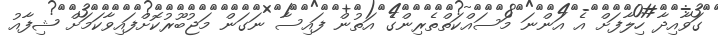
ގަވާއިދާ ހިލާފަށް އެ އަންނަ މަސައްކަތްތެރިންގެ އަތުން ފައިސާ ނަގަން މަޖުބޫރުކޮށްފައިވާކަމަށް ޝިފާއު